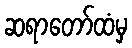
ဆရာတော်ထံမှ